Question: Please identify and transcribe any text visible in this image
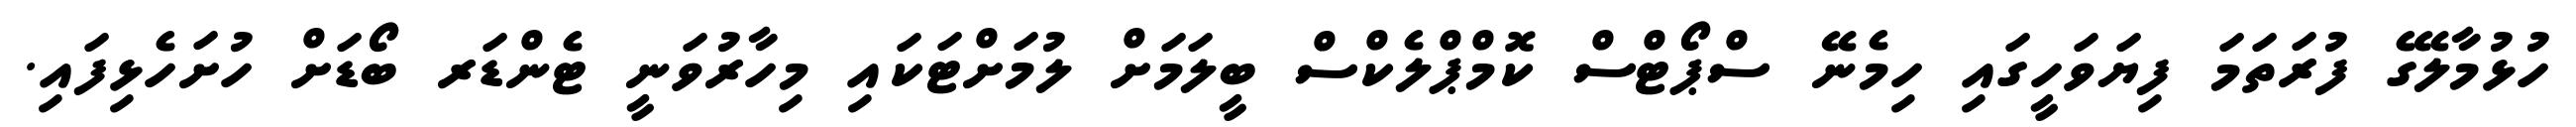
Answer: ހުޅުމާލޭގެ ފުރަތަމަ ފިޔަވަހީގައި ހިމެނޭ ސްޕޯޓްސް ކޮމްޕްލެކްސް ބީލަމަށް ލުމަށްޓަކައި މިހާރުވަނީ ޓެންޑަރ ބޯޑަށް ހުށަހެޅިފައި.